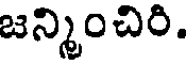
జన్మించిరి.